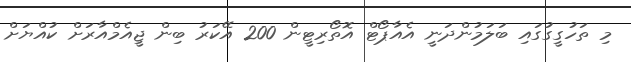
މި ތަހުގީގުގައި ބަލަމުންދަނީ އެއާޕޯޓް އޮތޯރިޓީން 200 އޭކަރު ބިން ޖީއެމްއާރަށް ކުއްޔަށް